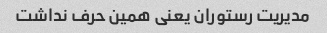
مدیریت رستوران یعنی همین حرف نداشت